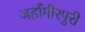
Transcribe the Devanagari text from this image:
जहाँगीरपुरी